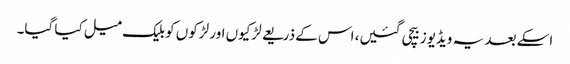
اسکے بعد یہ ویڈیوز بیچی گئیں، اس کے ذریعے لڑکیوں اور لڑکوں کو بلیک میل کیا گیا۔